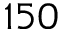
1 5 0